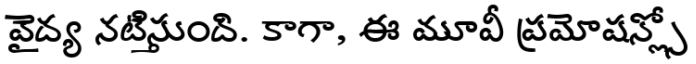
వైద్య నటిస్తుంది. కాగా, ఈ మూవీ ప్రమోషన్స్లో